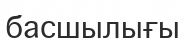
басшылығы